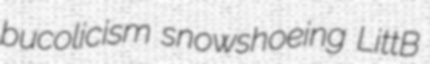
bucolicism snowshoeing LittB